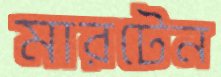
মারটেন